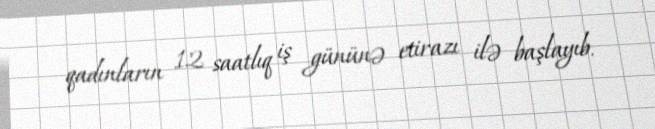
qadınların 12 saatlıq iş gününə etirazı ilə başlayıb.